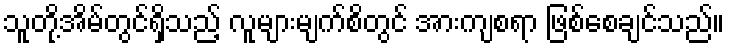
သူတို့အိမ်တွင်ရှိသည့် လူများမျက်စိတွင် အားကျစရာ ဖြစ်စေချင်သည်။